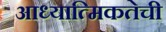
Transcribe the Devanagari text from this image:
आध्यात्मिकतेची